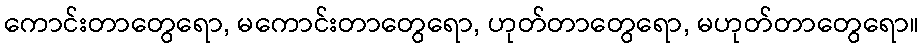
ကောင်းတာတွေရော, မကောင်းတာတွေရော, ဟုတ်တာတွေရော, မဟုတ်တာတွေရော။